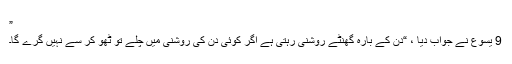
”
9 یسوع نے جواب دیا ، “دن کے بارہ گھنٹے روشنی رہتی ہے اگر کوئی دن کی روشنی میں چلے تو ٹھو کر سے نہیں گرے گا۔